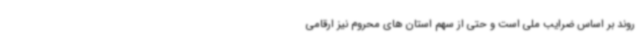
روند بر اساس ضرایب ملی است و حتی از سهم استان های محروم نیز ارقامی